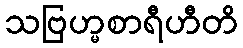
သဗြဟ္မစာရီဟီတိ